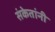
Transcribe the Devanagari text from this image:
संकेतांनी